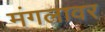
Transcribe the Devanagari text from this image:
मंगलावर